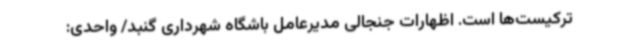
ترکیست‌ها است. اظهارات جنجالی مدیرعامل باشگاه شهرداری گنبد/ واحدی: